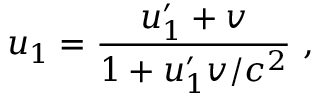
u _ { 1 } = { \frac { u _ { 1 } ^ { \prime } + v } { 1 + u _ { 1 } ^ { \prime } v / c ^ { 2 } } } \ ,